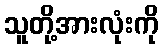
သူတို့အားလုံးကို